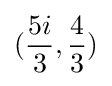
({\frac {5i}{3}},{\frac {4}{3}})